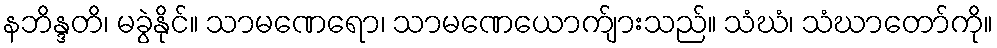
နဘိန္ဒတိ၊ မခွဲနိုင်။ သာမဏေရော၊ သာမဏေယောက်ျားသည်။ သံဃံ၊ သံဃာတော်ကို။